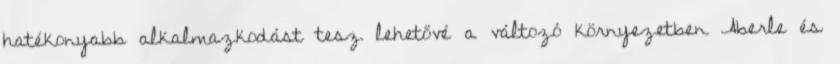
hatékonyabb alkalmazkodást tesz lehetővé a változó környezetben Aberle és